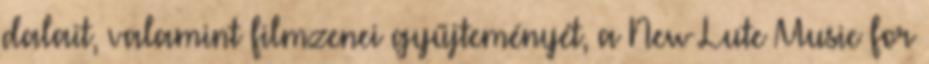
dalait, valamint filmzenei gyűjteményét, a New Lute Music for